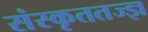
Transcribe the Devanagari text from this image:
संस्कृततज्ज्ञ